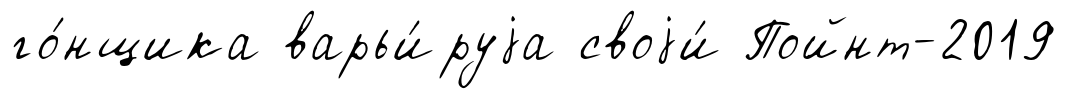
го́нщика варьи́руjа своjи́ Пойнт-2019